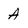
Character: A